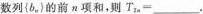
数列{b_{n}}的前n项和，则$$T _ { 2 n } =$$___.